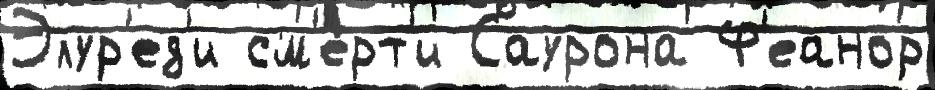
Элур'ед'и см'е́рт'и Саурона Ф'еанор